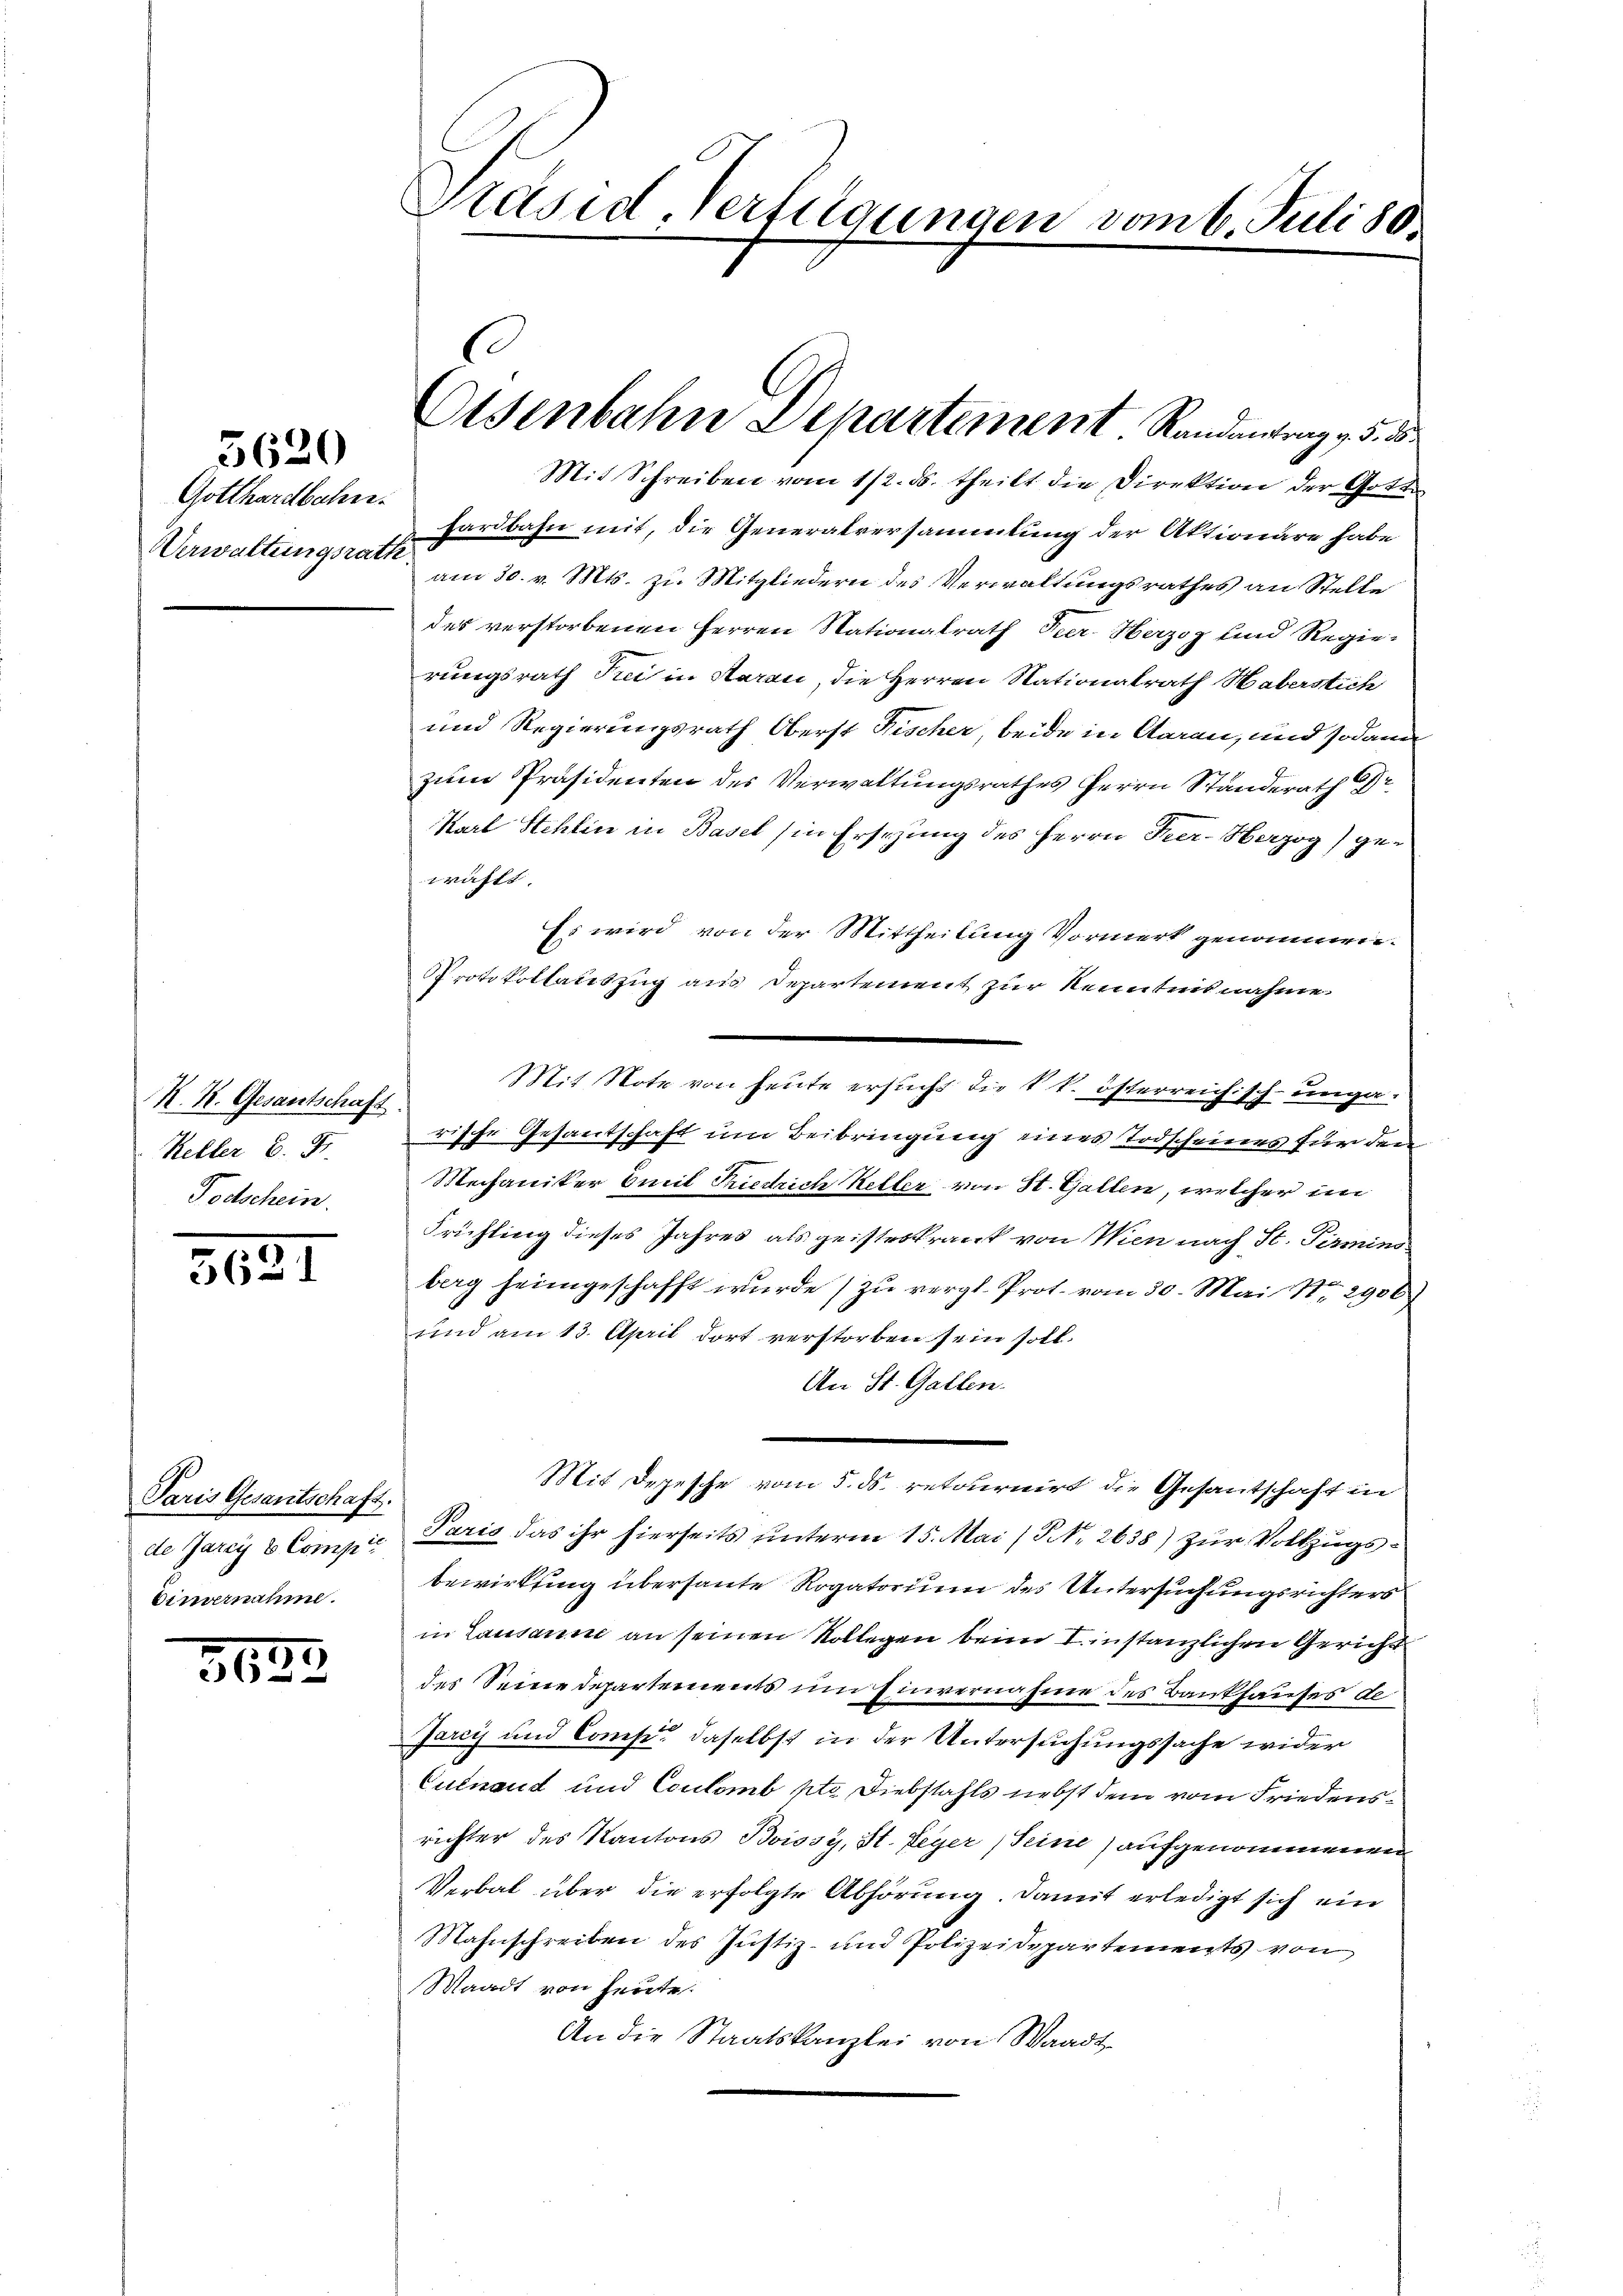
Gotthardbahn.
Verwaltungsrath

3620

K. K. Gesantschaft.
Keller C. Fr.
Todschein.

5621

Paris Gesantschaft.
de Jarcy 8 Comp
Eimernahme.

30
6

Präsid Verteigungen vom 6. Juli 30.

hardbahn mit, die Generalversammlung der Aktionäre habe
am 30. v. Mts. zu Mitgliedern des Verwaltungsrathes an Stelle
des verstorbenen Herren Stationalrath Peer. Herzoz und Regierungsrath Frei in Aarau, die Herren Nationalrath Haberstich
und Regierungsrath Oberst Fischer, beide in Aarau, und sodann
zum Präsidenten des Verwaltungsrathes Herrn Standerath
Karl Stehlin in Basel (in Ersezung des Herrn Prer-Herzog, gewählt.
Es wird von der Mittheilung Vormerk genommen.
Protokollauszug aus Departement zur Kenntnis nahme
rische Gesantschaft um Beibringung eines Todscheines für den
Mechaniker Emil Tiedrich Keller von St. Gallen, welcher im
Frichting dieses Jahres als geisteskrank von Wien nach St. Pirmins
berg heimgeschafft wurde zu vergl. Prot. vom 30. Mai 17. 2900.
und am 13. April dort verstorben sein soll.
An St. Gallen.
Mit Depesche vom 5. ds. retournirt die Gesantschaft in
Paris das ihr hierseits unterm 15. Mai (N. 2635) zur Volkzugsbewirkling überhaute Rogatorium des Untersuchungsrichters
in Lausanne an seinen Kollegen beim I. instanzlichen Gericht
des Seine Departements um Einvernahme des Bankhauses de
Jarcis und Comp. daselbst in der Untersuchungssache wider
Cuinand und Coulomb pto Diebstahls nebst dem vom Friedensrichter des Kantons Boissy, St. Leyer (Seine aufgenommenen
Verbal über die erfolgte Abhörung. Damit erledigt sich ein
Mahnschreiben des Justiz- und Polizeidepartements von
Waadt von heute.
An die Staatskanzlei von Waadt

C
Osenbahn Departement. Randantrag v. 5. 5
Mit Schreiben vom 112. ds. theilt die Direktion der Gotte

Mit Note von heute ersucht die t k. österreichisch-unga¬